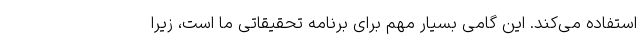
استفاده می‌کند. این گامی بسیار مهم برای برنامه تحقیقاتی ما است، زیرا